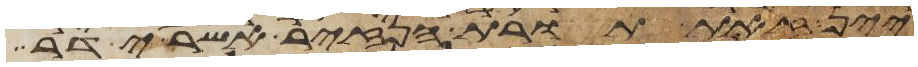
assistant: יין זאת תורת הנזיר אשר ידר